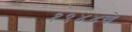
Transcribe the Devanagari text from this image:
१९४४चे